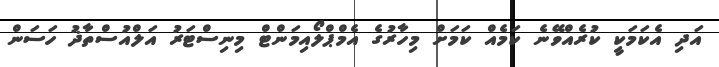
އަދި އެކަމަކީ ކުރެއްވޭނެ ކަމެއް ކަމަށް މިހާރުގެ އެމްޕްލޯއިމަންޓް މިނިސްޓަރު އަލްއުސްތާޛު ހަސަން